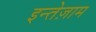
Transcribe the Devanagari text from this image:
इन्तेज़ाम